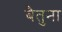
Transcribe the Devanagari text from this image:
बैतुना